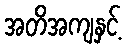
အတိအကျနှင့်